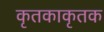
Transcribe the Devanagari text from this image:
कृतकाकृतक